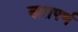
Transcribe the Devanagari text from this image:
खसपर्ण